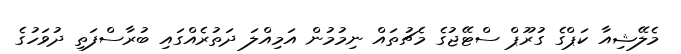
މެލޭޝިއާ ކަޕްގެ ގުރޫޕް ސްޓޭޖުގެ މެޗުތައް ނިމުމުން އަމިއްލަ ދަތުރެއްގައި ބުރާސްފަތި ދުވަހުގެ